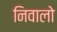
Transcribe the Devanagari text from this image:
निवालो